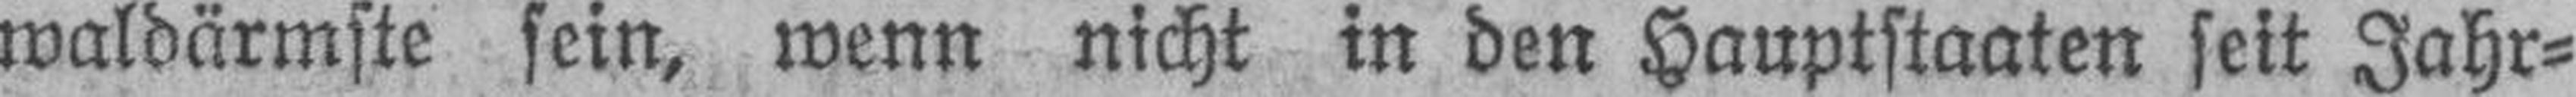
waldärmste sein, wenn nicht in den Hauptstaaten seit Jahr¬